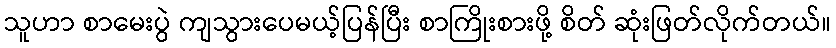
သူဟာ စာမေးပွဲ ကျသွားပေမယ့်ပြန်ပြီး စာကြိုးစားဖို့ စိတ် ဆုံးဖြတ်လိုက်တယ်။